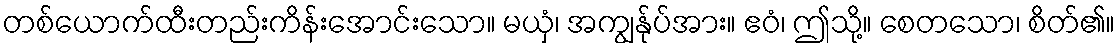
တစ်ယောက်ထီးတည်းကိန်းအောင်းသော။ မယှံ၊ အကျွန်ုပ်အား။ ဧဝံ၊ ဤသို့။ စေတသော၊ စိတ်၏။